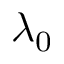
\lambda _ { 0 }